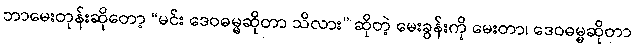
ဘာမေးတုန်းဆိုတော့ “မင်း ဒေဝဓမ္မဆိုတာ သိလား” ဆိုတဲ့ မေးခွန်းကို မေးတာ၊ ဒေဝဓမ္မဆိုတာ